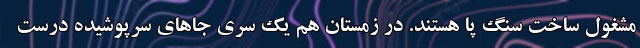
مشغول ساخت سنگ پا هستند. در زمستان هم یک سری جاهای سرپوشیده درست